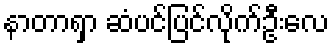
နာတာရှာ ဆံပင်ပြင်လိုက်ဦးလေ